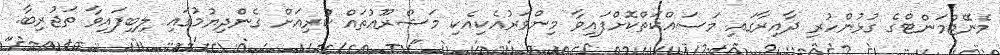
މެނޭޖްމަންޓްގެ ގުޅުންހުރި ދާއިރާގައި މަސައްކަތްކޮށްފައިވާ މިންވަރުއެކިއެކި މަޝްރޫޢުތައް ކުރިއަށް ގެންދިޔުމުގައި ލިބިފައިވާ ތަޖުރިބާ.